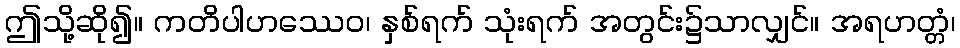
ဤသို့ဆို၍။ ကတိပါဟဿေဝ၊ နှစ်ရက် သုံးရက် အတွင်း၌သာလျှင်။ အရဟတ္တံ၊